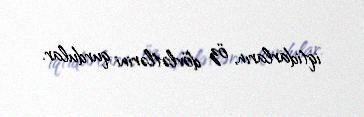
iqtidarların, öz dövlətlərini qurdular.